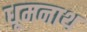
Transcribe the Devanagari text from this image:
धूमनाथ